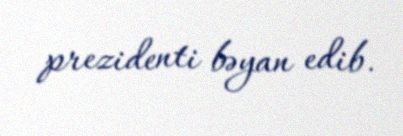
prezidenti bəyan edib.